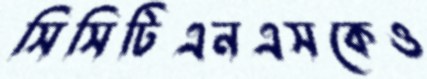
সিসিটিএনএসকেও